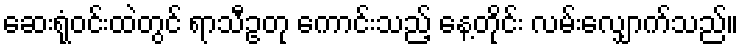
ဆေးရုံဝင်းထဲတွင် ရာသီဥတု ကောင်းသည့် နေ့တိုင်း လမ်းလျှောက်သည်။